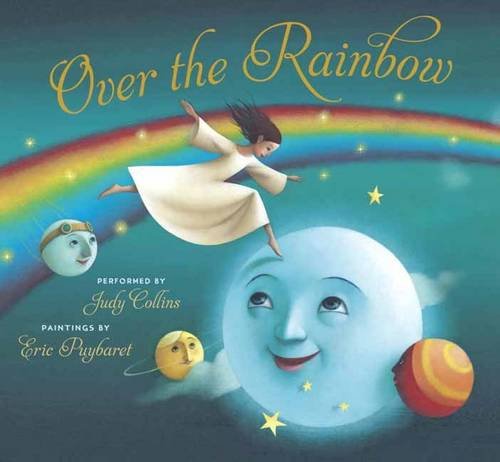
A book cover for Over the Rainbow (Book & Audio CD) (Book & CD); Judy Collins; Children's Books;